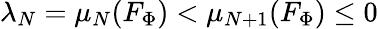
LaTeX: \lambda_{N}=\mu_{N}(F_{\Phi})<\mu_{N+1}(F_{\Phi})\le 0